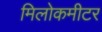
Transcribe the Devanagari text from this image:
मिलोकमीटर